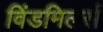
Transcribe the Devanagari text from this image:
विंडमिलर्स